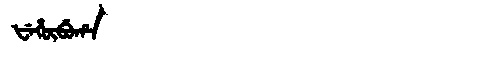
Manchu: ᡶᡝᡥᡡᠪᡠᡥᠠ
Romanization: FEHŪBUHA